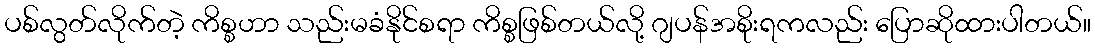
ပစ်လွတ်လိုက်တဲ့ ကိစ္စဟာ သည်းမခံနိုင်စရာ ကိစ္စဖြစ်တယ်လို့ ဂျပန်အစိုးရကလည်း ပြောဆိုထားပါတယ်။